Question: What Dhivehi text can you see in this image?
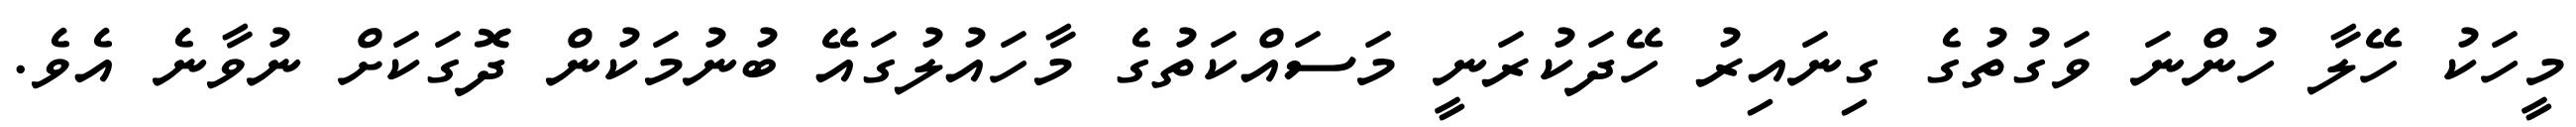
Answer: މީހަކު ހޭލާ ހުންނަ ވަގުތުގެ ގިނައިރު ހޭދަކުރަނީ މަސައްކަތުގެ މާހައުލުގައޭ ބުނުމަކުން ދޮގަކަށް ނުވާނެ އެވެ.